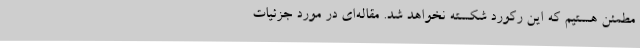
مطمئن هستیم که این رکورد شکسته نخواهد شد. مقاله‌ای در مورد جزئیات